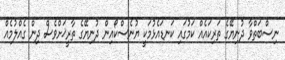
ނިސްބަތްވާ ދުނިޔޭގެ ތަރިކައެއް ކަމުގައި ކަނޑައެޅުމަކީ ޔުނެސްކޯއިން ދުނިޔޭގެ ތާރީޚަށްވެސް ދިން ގެއްލުމެއް